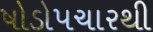
ષોડોપચારથી